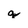
Character: q